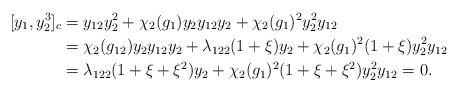
LaTeX: \begin{align*}[y_1,y_2^3]_c&=y_{12}y_2^2+\chi_2(g_1)y_2y_{12}y_2+\chi_{2}(g_1)^2y_2^2y_{12}\\&=\chi_2(g_{12})y_2y_{12}y_2+\lambda_{122}(1+\xi)y_2+\chi_{2}(g_1)^2(1+\xi)y_2^2y_{12}\\&=\lambda_{122}(1+\xi+\xi^2)y_2+\chi_{2}(g_1)^2(1+\xi+\xi^2)y_2^2y_{12}=0.\end{align*}